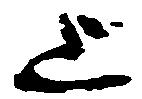
上